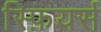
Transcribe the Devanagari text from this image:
स्फ़ियर्स